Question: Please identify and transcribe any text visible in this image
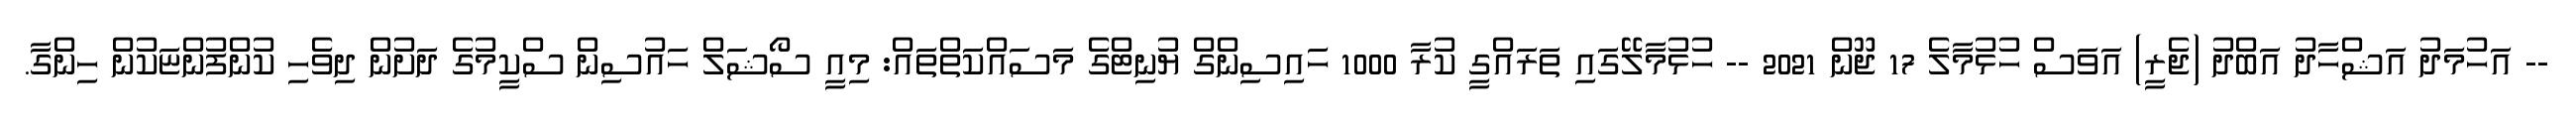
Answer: -- އަހުމަދު އަޝްހާދު އަބްދު (ޖެރީ) އަވަސް ހުޅުމާލެ 17 ޖޫން 2021 -- ހުޅުމާލޭގައި ތަރައްގީ ކުރާ 1000 ހައިސިންގް ޔުނިޓްގެ މަސައްކަތްތައް: މިއީ ސޯޝަލް ހައުސިން ސްކީމުގެ ދަށުން ދިވެހި ކުންފުންޏަކުން ހިންގާ.